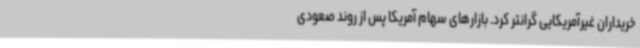
خریداران غیرآمریکایی گرانتر کرد. بازارهای سهام آمریکا پس از روند صعودی